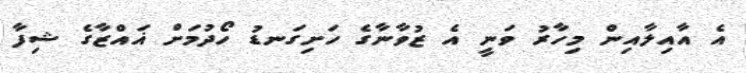
އެ އާއިލާއިން މިހާރު ވަނީ އެ ޒުވާނާގެ ހަށިގަނޑު ހޯދުމަށް ޣައްޒާގެ ޝިފާ